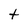
Character: t